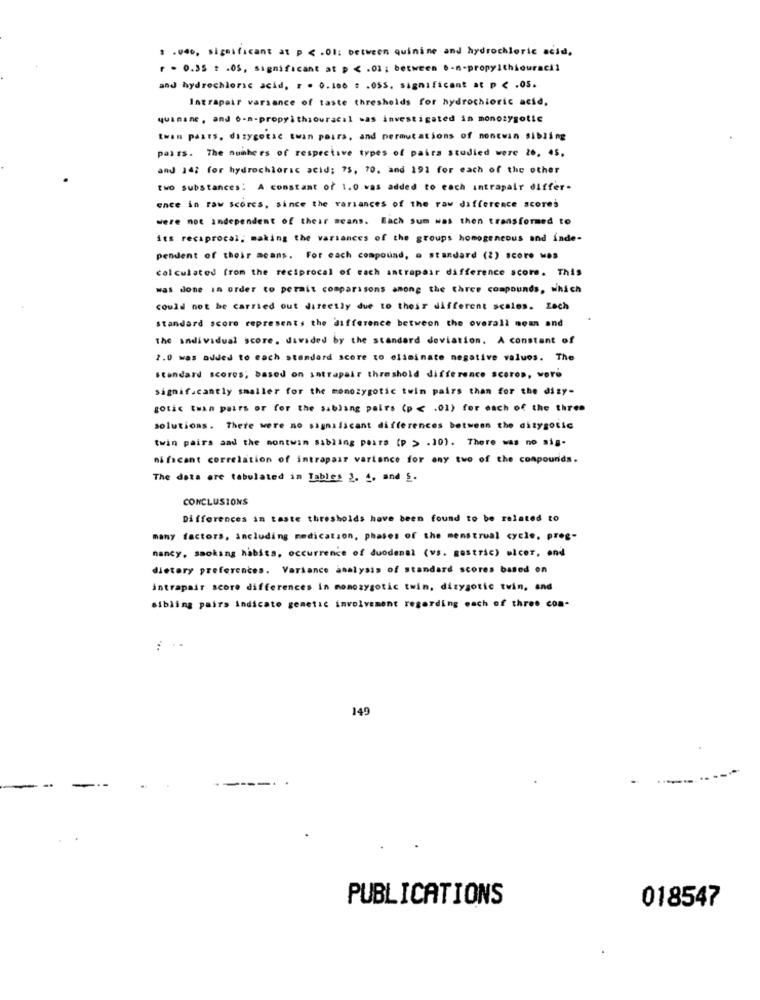
$ .weo, significant at p < . Ol: between quinine and hydrochloric acid,
r . 0.35 # .05, significant at p < . 01 ; between .- n-propylthiourack]
and hydrochloric acid, r . 0.100 5 .055. significant at P < . 05.
Intrapair varsance of taste thresholds for hydrochloric acid,
quinine, and 6-m-propyithsouracil was investigated in monozygotic
twin pairs, dizygotic twin pairs, and permutations of nontwin sibling
pasrs. The numbers of respective types of pairs studied were 26, 45,
and 14; for hydrochloric acid; 75, 70. and 191 for each of the other
two substances. A constant of 1.0 was added to each intrapair differ-
ence in raw scores, since the variances of the raw difference scores
were not independent of their means. Each sum was then transformed to
its reciprocal, making the variances of the groups homogeneous and inde-
pendent of their means. For each compound, o standard (2) score Mos
calculated from the reciprocal of each antrapair difference score. This
was done in order to permit comparisons among the three compounds, which
could not be carried out directly due to those different scales. Each
standard score represents the difference between the overall mean and
The individual score, divided by the standard deviation. A constant of
7.0 was added to each standard score to eliminate negative values. The
standard scores; based on intrapair threshold difference scoros, were
significantly smaller for the monozygotic twin pairs than for the dizy-
gotic twan pairs or for the subling pairs (p < . 01) for each of the three
solutions. There were no significant differences between the citygotic
twin pairs and the montwin sibling pairs (p > .10). There was no sig-
nificant correlation of intrapaar variance for any two of the compounds.
The data are tabulated in Tables 2. 4, and S.
CONCLUSIONS
Differences in taste thresholds have been found to be related to
many factors, including medication, phases of the menstrual cycle, prog-
nancy, smoking habits, occurrence of duodenal (vs. gastric) ulcer, end
dietory preferences. Variance analysis of standard scores based on
intrapair score differences in momozygotic twin, dizygotic twin, and
sibling pairs indicato genetic involvement regarding each of three con-
149
PUBLICATIONS
018547